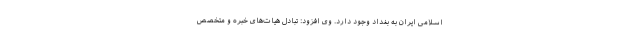
اسلامی ایران به بغداد وجود دارد. وی افزود: تبادل هیات‌های خبره و متخصص